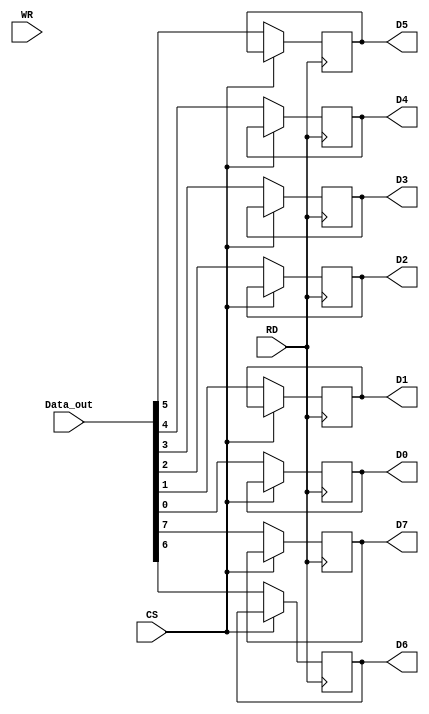
module Data_Buffer_read(D0,D1,D2,D3,D4,D5,D6,D7,Data_out,WR,RD,CS);
  input WR,RD,CS;
  
  output reg D0,D1,D2,D3,D4,D5,D6,D7;
  
  input [7:0]Data_out;
  always@(negedge RD) begin
      if(CS==0) begin
        D0<=Data_out[0];
        D1<=Data_out[1];
        D2<=Data_out[2];
        D3<=Data_out[3];
        D4<=Data_out[4];
        D5<=Data_out[5];
        D6<=Data_out[6];
        D7<=Data_out[7];
      end
    else begin 
      D0<=D0;
      D1<=D1;
      D2<=D2;
      D3<=D3;
      D4<=D4;
      D5<=D5;
      D6<=D6;
      D7<=D7;
    end
  end
endmodule